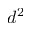
d ^ { 2 }